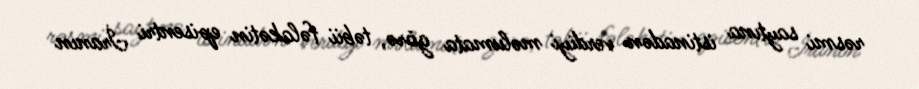
rəsmi saytına istinadən verdiyi məlumata görə, təbii fəlakətin episentri İranın